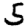
Digit: 5